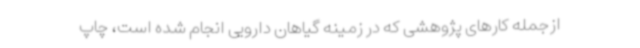
ازجمله کارهای پژوهشی که در زمینه گیاهان دارویی انجام شده است، چاپ